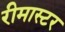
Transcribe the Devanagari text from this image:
रीमास्टर